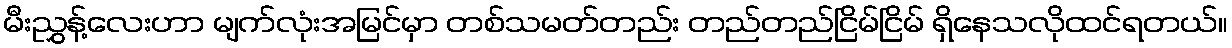
မီးညွှန့်လေးဟာ မျက်လုံးအမြင်မှာ တစ်သမတ်တည်း တည်တည်ငြိမ်ငြိမ် ရှိနေသလိုထင်ရတယ်။